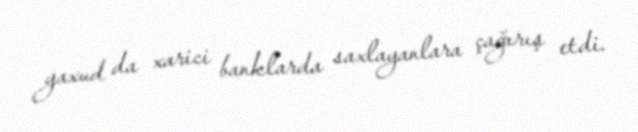
yaxud da xarici banklarda saxlayanlara çağırış etdi.